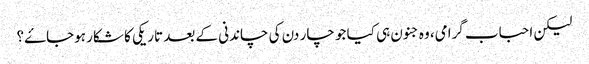
لیکن احباب گرامی، وہ جنون ہی کیا جو چار دن کی چاندنی کے بعد تاریکی کا شکار ہوجاۓ؟